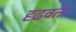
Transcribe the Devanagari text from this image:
दृढवतः